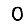
Digit: 0